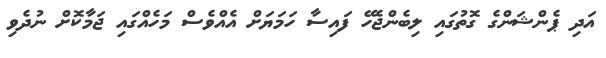
އަދި ޕެންޝަންގެ ގޮތުގައި ލިބެންޖެހޭ ފައިސާ ހަމަޔަށް އެއްވެސް މަހެއްގައި ޖަމާކޮށް ނުދެވި